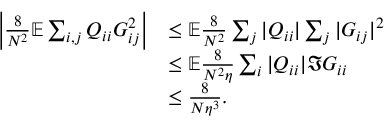
\begin{array} { r l } { \left| \frac { 8 } { N ^ { 2 } } \mathbb { E } \sum _ { i , j } Q _ { i i } G _ { i j } ^ { 2 } \right| } & { \leq \mathbb { E } \frac { 8 } { N ^ { 2 } } \sum _ { j } | Q _ { i i } | \sum _ { j } | G _ { i j } | ^ { 2 } } \\ & { \leq \mathbb { E } \frac { 8 } { N ^ { 2 } \eta } \sum _ { i } | Q _ { i i } | \Im G _ { i i } } \\ & { \leq \frac { 8 } { N \eta ^ { 3 } } . } \end{array}